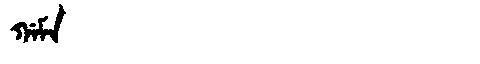
Manchu: ᡤᠠᠮᠠ
Romanization: GAMA